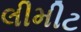
લીમીટ